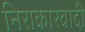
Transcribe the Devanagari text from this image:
निराकारवादी